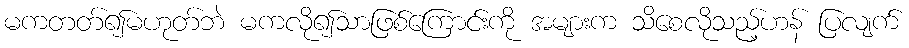
မကတတ်၍မဟုတ်ဘဲ မကလို၍သာဖြစ်ကြောင်းကို အများက သိစေလိုသည့်ဟန် ပြလျက်